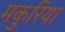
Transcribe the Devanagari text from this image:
मकुरिया